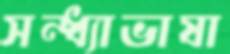
সন্ধ্যাভাষা